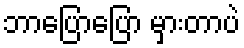
ဘာပြောပြော မှားတာပဲ